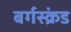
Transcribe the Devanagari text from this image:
बर्गस्क्रंड